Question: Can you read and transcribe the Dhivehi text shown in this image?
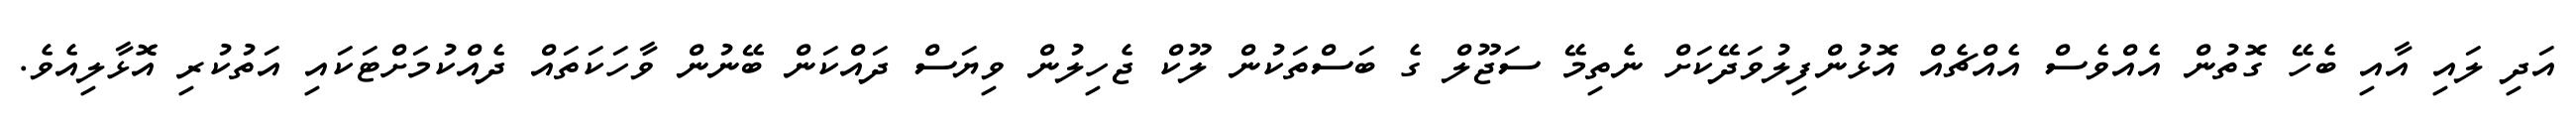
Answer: އަދި ލައި އާއި ބެހޭ ގޮތުން އެއްވެސް އެއްޗެއް އޮޅުންފިލުވަދޭކަށް ނެތިމޭ ސަޖޫލް ގެ ބަސްތަކުން ލޫކް ޖެހިލުން ވިޔަސް ދައްކަން ބޭނުން ވާހަކަތައް ދެއްކުމަށްޓަކައި އަތުކުރި އޮޅާލިއެވެ.